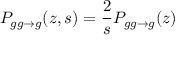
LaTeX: P _ { g g \to g } ( z , s ) = \frac { 2 } { s } P _ { g g \to g } ( z )